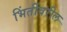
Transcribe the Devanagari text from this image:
भिंतींवरील